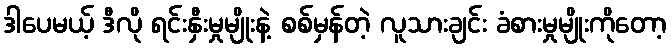
ဒါပေမယ့် ဒီလို ရင်းနှီးမှုမျိုးနဲ့ စစ်မှန်တဲ့ လူသားချင်း ခံစားမှုမျိုးကိုတော့